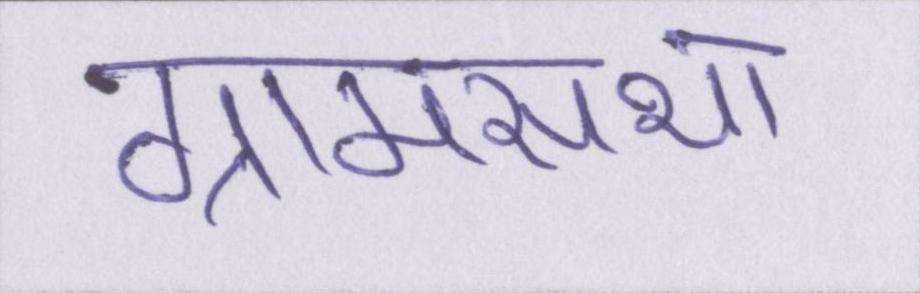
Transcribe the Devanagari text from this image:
ग्रामसभा